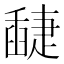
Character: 𦦘